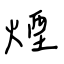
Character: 煙